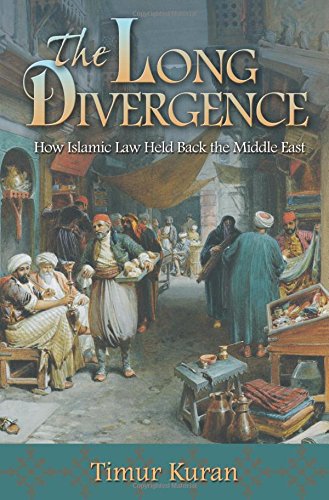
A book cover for The Long Divergence: How Islamic Law Held Back the Middle East; Timur Kuran; Religion & Spirituality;